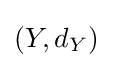
\left(Y,d_{Y}\right)